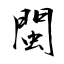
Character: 閩